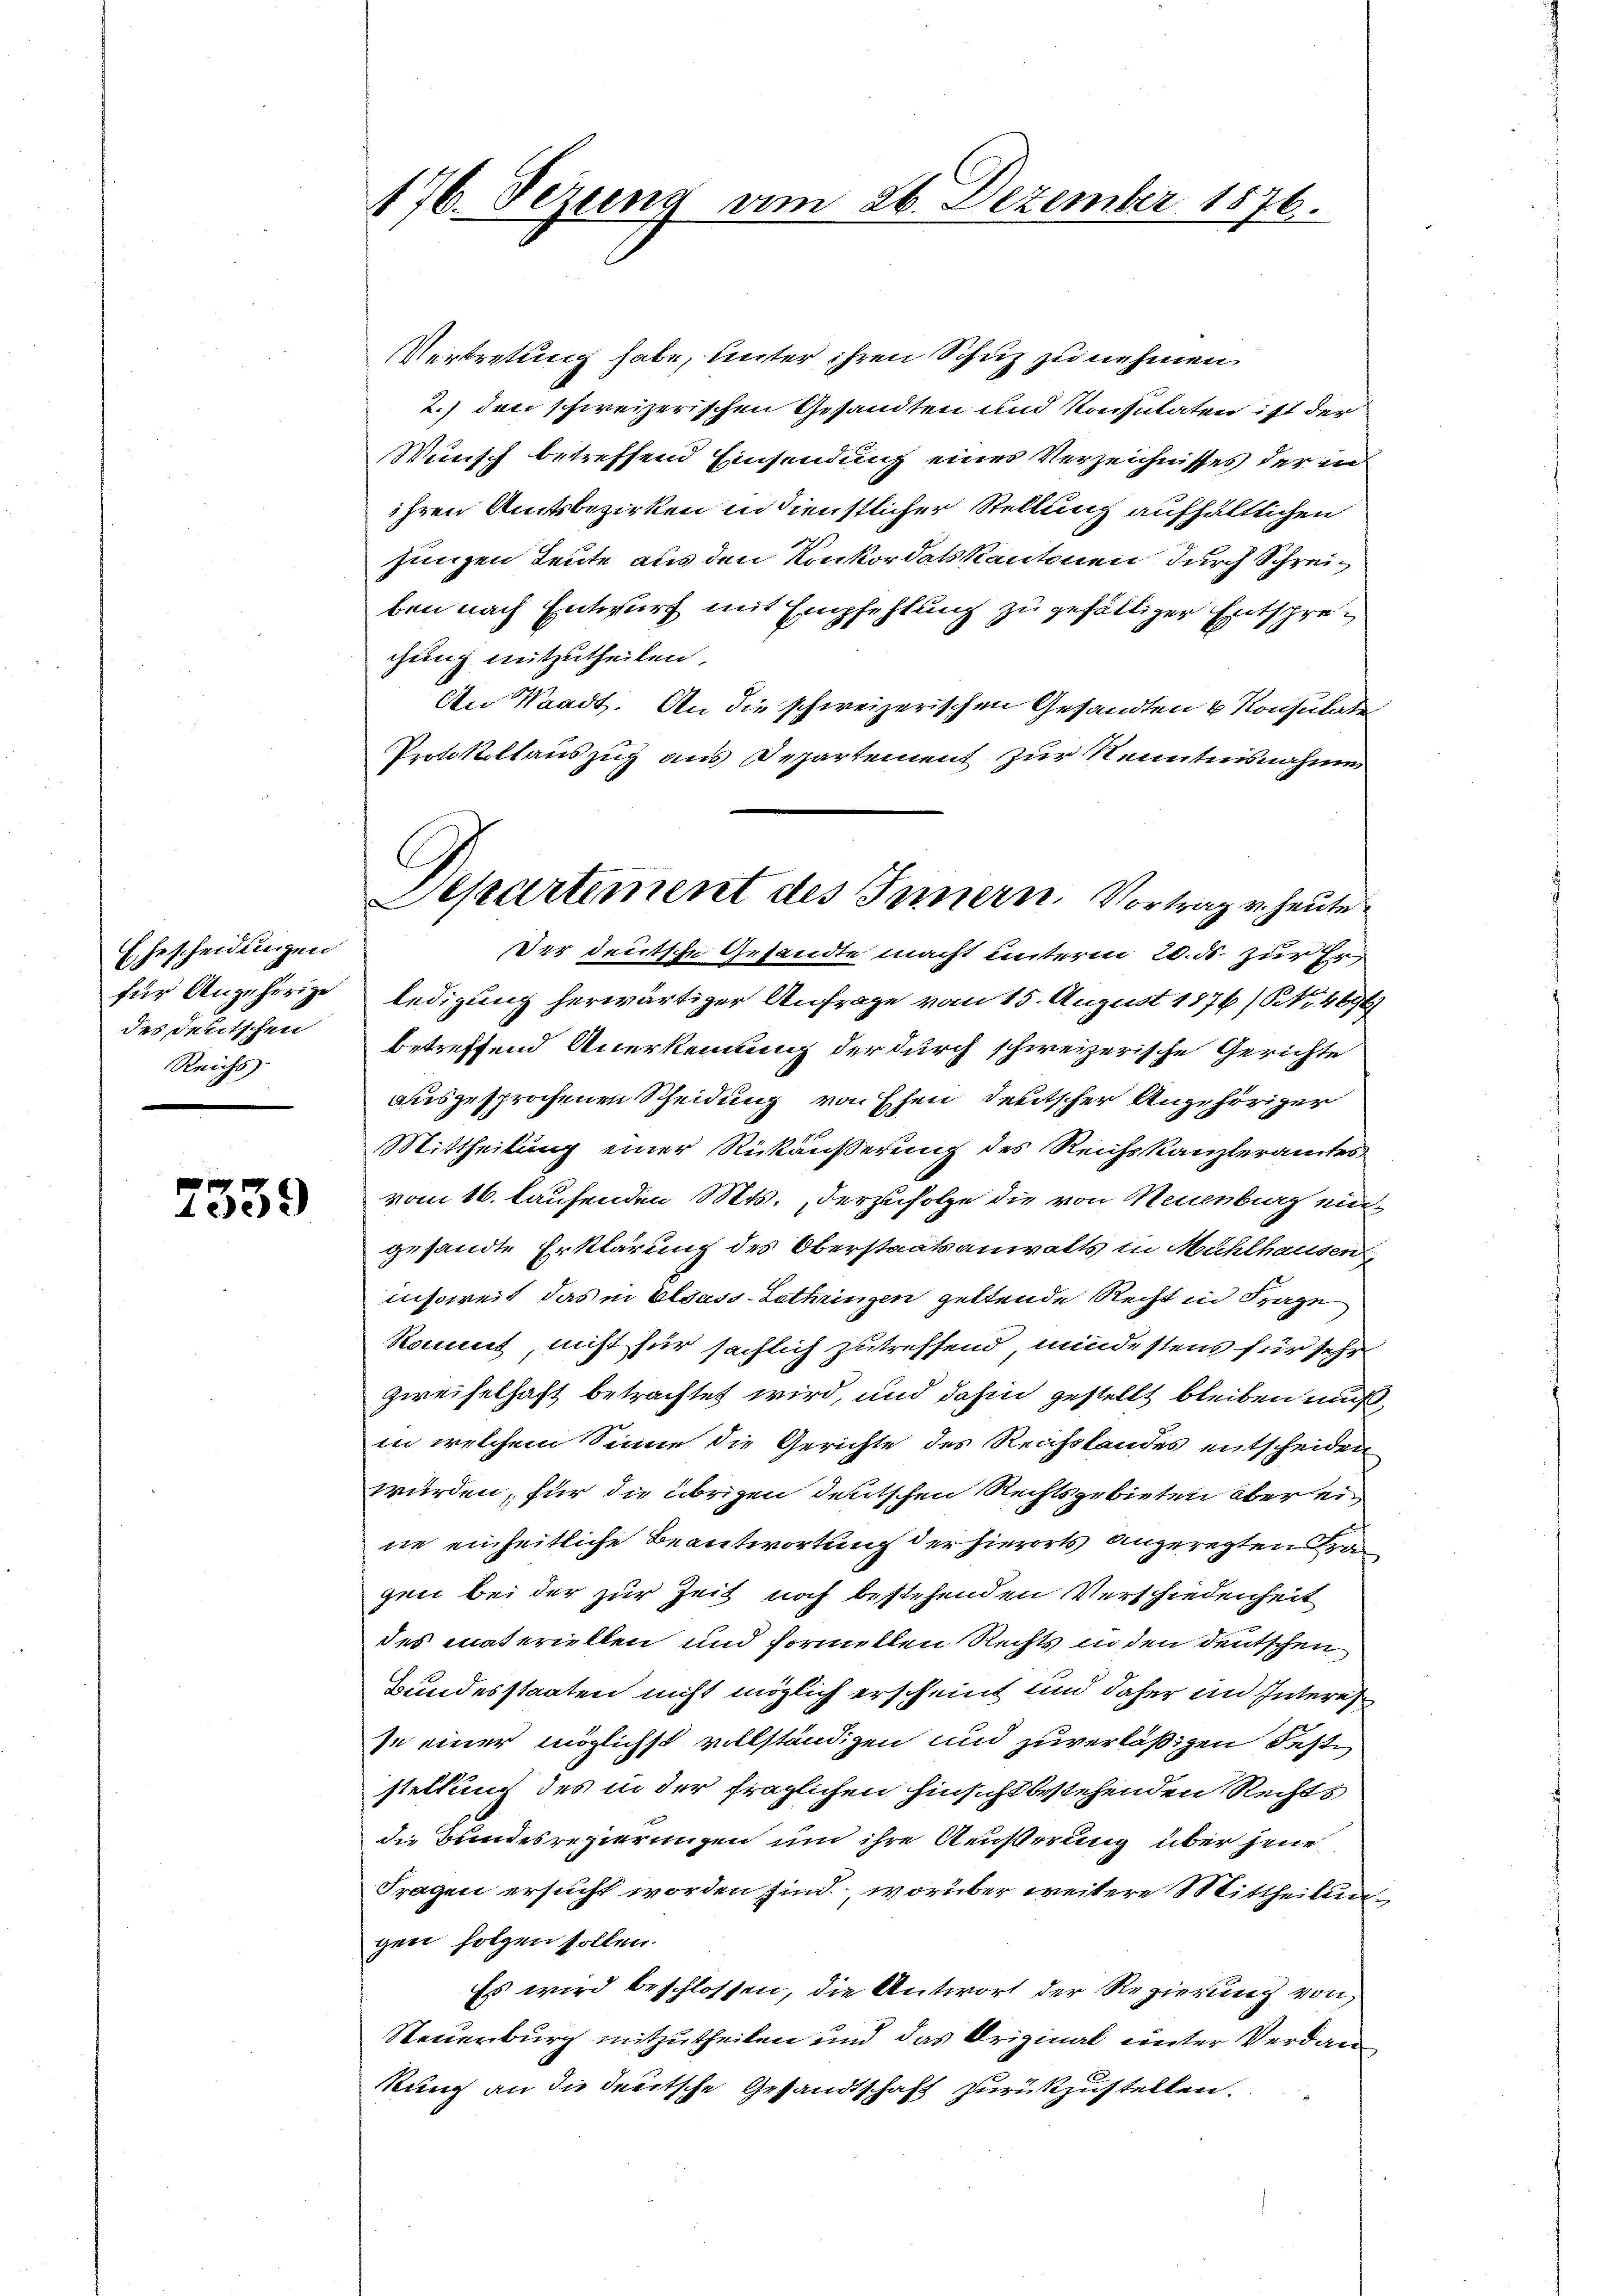
Ehescheidungen
für Angehörige
des Debitschen
Reichs

7339

176. Dezung vom 26. Dezember 1876.

Vertretung habe, unter ihren Schuz zu nehmen.
2.) den schweizerischen Gesandten und Konsulaten ist der
Wunsch betreffend Einsendung eines Verzeichnisses der in
ihren Amtsbezirken in dienstlicher Stellung aufhältlichen
jungen Leute aus den Konkordatskantonen durch Schreiben nach Entwurf mit Empfehlung zu gefältiger Entsprechung mitzutheilen.
An Waadt. An die schweizerischen Gesandten & Konsulate
Protokollauszug aus Departement zur Kenntnisnahmen
der deutsche Gesandte macht unterm 20. ds. zur Erledigung herwärtiger Anfrage vom 15. August 1876/ Nr. 4694
betreffend Anerkennung der durch schweizerische Gerichte
auszusprochenen Scheidung von Ehen deutscher Angehöriger
Mittheilung einer Rückäußerung des Reichskanzleramtes
vom 16. laufenden Mts., derzufolge die von Neuenburg eingesandte Erklärung des Oberstaatsanwalts in Mühlhausen
insoweit das in Elsass-Lothungen geltende Recht in Frage
könnet, nicht für sächlich zutreffend, mindestens für sehr
zweifelhaft betrachtet wird, und dahin gestellt bleiben muß,
in welchem Sinne die Gerichte des Rechstandes entscheiden
würden, für die übrigen deutschen Rechtsgebieten aber eine einheitliche Beantwortung der hierorts angeregten a
gen bei der zur Zeit noch bestehenden Verschiedenheit
des materiellen und formellen Rechts in den deutschen
Bundesstaaten nicht möglich erscheint und daher im Interes
se einer möglichst vollständigen und zuverläßigen Feststellung des in der fraglichen hinsicht bestehenden Rechts
die Bundesregierungen und ihre Äußerung über jene
Fragen ersucht worden sind, worüber weitere Mittheilung
gen folgen sollen.
Es wird beschlossen, die Antwort der Regierung von
Steuenburg mitzutheilen und das Original unter Verdankung an die deutsche Gesandtschaft zurückzustellen.

C
Separtement des Innern. Vortrag u. heute